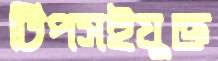
টিপসইযুক্ত